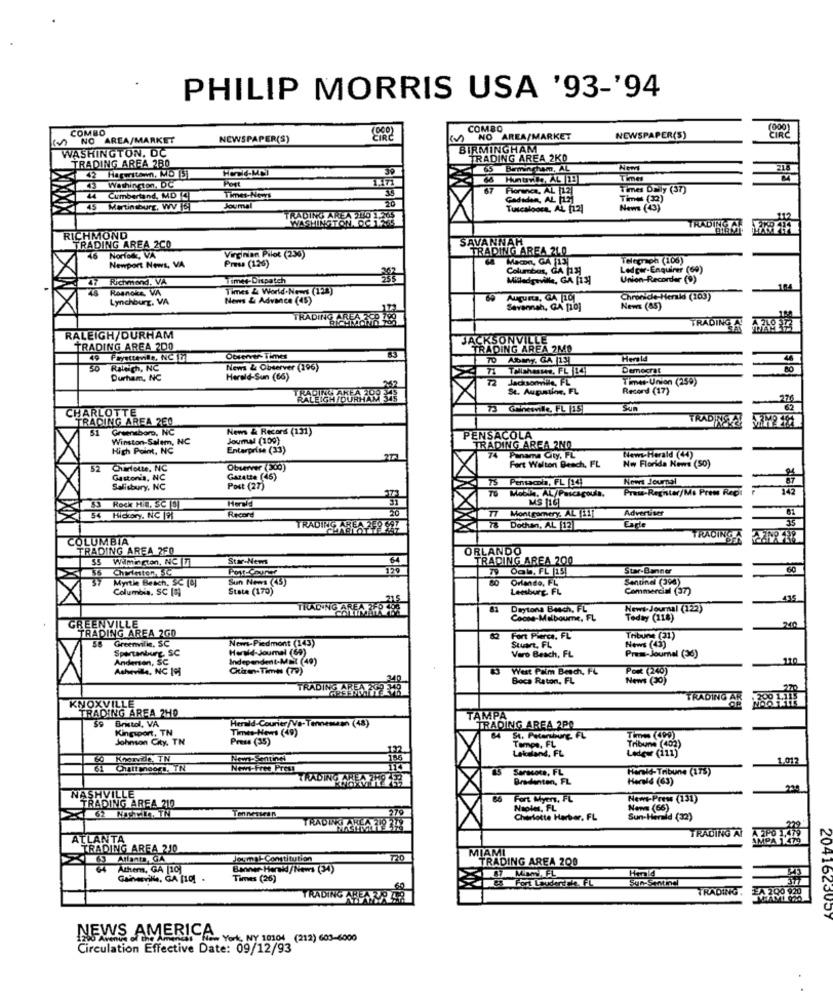
PHILIP MORRIS USA '93-'94
COMBO
NO AREA/MARKET
NEWSPAPER(S)
NO AREA/MARKET
NEWSPAPER(S)
WASHINGTON, DC
BIRMINGHAM
TRADING AREA 280
TRADING AREA 2KD
39
Birmingham, AL
Nem
218
42
Post
1.171
Huntwee, AL |23
Time
43
Washington, DC
30
Florines, AL 121
Times Daily (37)
Cumbertand, MD 3
Times-Nevys
20
Gadadan, AL İSİ
Times (12)
Martinsburg, WV 16
Joumal
Tuscaloosa, AL [12]
News (43)
ADING AREA 200 1.74
WASHINGT
TRADING AL
RICHMOND
TRADING AREA 2CO
SAVANNAH
TRADING AREA 210
46 Noriost, VA
Virginian Pilot (236)
Telegraph (106)
Newport News, VA
Press (126)
Columbus, GA [12]
Ledger-Enquirer (69)
Richmond, VA
Timer- Dispatch
Milledgeville, GA [13]
Union-Recorder (9)
Roanoke, VIA
Times & World.News (123)
Lynchburg, VA
News & Advance (45)
69 Augusta, CA [TO]
Chronicle-Herald (103)
Savannah, GA [10]
News (85)
TRADING AREA TER 788
TRADING
RALEIGH DURHAM
JACKSONVILLE
TRADING AREA 200
TRADING AREA 2MO
Observer- Times
70 Abbany, CA |15
Herald
46
50 Raleigh, NC
News & Observer (196)
Democrat
Durham, NC
Herald-Sun (66)
Jacksormile, FL
Times- Union (259)
TRI
St. Augustine, FL
Record (17)
276
CHARLOTTE
73 Gainesville, FL |15
Sun
62
TRACING AREA 260
TRADINGTY
51
Greensboro, NC
News & Record (131)
Winston-Salem, NC
Joumal (100)
PENSACOLA
High Point, NC
Enterprise (33)
TRADING AREA 2ND
74 Panama City, FL
News-Herald (44)
52
Charlotte, NC
Observer (300)
Fort Walton Beach, FL
Nov Florida News (50)
Gastonis, NC
Gazette (46)
75 Pensacola, FL [14]
Nows Journal
Salisbury, NC
Post (27)
Mobile, AL/Pascagoula.
Praw-Register/Mo Prem Repi
Herald
MS 116
Rock HIN, SC[3]
20
17 Montgomery, AL [11]
Advertiser
61
54
History, NC |91
Record
55
TRADIRIG
78 Dothan, AL 12
Carte
COLUMBIA
TRADING
TRADING AREA 2F0
ORLANDO
SS Wilmington, NCI7
Star-News
TRADING AREA 200
56
Chyinten So
Port-Courer
Star-Banner
60
37
Myrtle Beach, Sc [8]
Sun News (43)
80
Orlando, FL
Sentinel (398)
Columbia, SC [4]
State (170)
Leesburg FL
Commercial (37)
TRADING AREA ZER 488
81
Daytona Beach, FL
News-Journal (122)
GREENVILLE
Cocoe-Melbourne, FL
Today (118)
240
TRADING AREA 2G0
58 Greenville, SC
News-Piedmont (143)
Fort Pierce, FL
Stuart, FL
Thbune (31)
News (43)
Spartanburg, SC
Harald-Joumal (69)
Vero Beach, FL
Anderson, SC
Independent-Mail (49)
Prem-Journal (36)
110
Chiren-Times (79)
83 West Palm Beach, FL
Port (240)
Boca Raton, FL
News (20)
TRADING AREA 209
KNOXVILLE
TRADING AR
200 1.115
TRADING AREA 2HD
Bristol, VA
TAMPA
TRADING AREA 2P0
Kinguport, TN
Herald-Courier/Va-Tenneman (48)
Times-News (49)
Johnson City, TN
Press (35)
St. Petersburg, FL
Tempo, FL
Tribune (402)
Lakeland, FL
Lodeur (111)
Khorvdie, TN
1017
Chatt moers, TN
Nowt-Free Press
Saracote, FL
Hereid-Tribune (175)
TRADING AREA TH
Bradenton, FL
Herold (63)
NASHVILLE
86
Fort Myers, FL
News-Prew (131)
TRADING AREA 210
d 62
279
Naole, FL
Newm (66)
Charlotte Herber, FL
Sun-Herald (32)
TRADING AI
ATLANTA
AMPA 1.479
`TRADING AREA 210
MIAMI
63
Atlanta, GA
Joymal Constitution
TRADING AREA 200
Athem, GA [10]
Banner- Herald//News (34)
Hamid
Gainesville, GA [10]
Times (26)
Sun-Santind
TRADING
200 920
TRADING AREA ZA AR
2041625007
NEWS AMERICA York, NY 10104 (212) 603-6000
Circulation Effective Date: 09/12/93